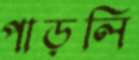
পাড়লি